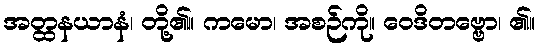
အတ္ထနယာနံ၊ တို့၏။ ကမော၊ အစဉ်ကို။ ဝေဒိတဗ္ဗော၊ ၏။